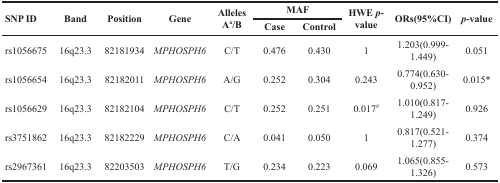
| <ROWSPAN=2> SNP ID | <ROWSPAN=2> Band | <ROWSPAN=2> Position | <ROWSPAN=2> Gene | <ROWSPAN=2> Alleles Aa/B | <COLSPAN=2> MAF | <ROWSPAN=2> HWE p-value | <ROWSPAN=2> ORs(95%CI) | <ROWSPAN=2> p-value |
 | Case | Control |
 | --- | --- | --- | --- | --- | --- | --- | --- | --- | --- |
 | rs1056675 | 16q23.3 | 82181934 | MPHOSPH6 | C/T | 0.476 | 0.430 | 1 | 1.203(0.999-1.449) | 0.051 |
 | rs1056654 | 16q23.3 | 82182011 | MPHOSPH6 | A/G | 0.252 | 0.304 | 0.243 | 0.774(0.630-0.952) | 0.015* |
 | rs1056629 | 16q23.3 | 82182104 | MPHOSPH6 | C/T | 0.252 | 0.251 | 0.017# | 1.010(0.817-1.249) | 0.926 |
 | rs3751862 | 16q23.3 | 82182229 | MPHOSPH6 | C/A | 0.041 | 0.050 | 1 | 0.817(0.521-1.277) | 0.374 |
 | rs2967361 | 16q23.3 | 82203503 | MPHOSPH6 | T/G | 0.234 | 0.223 | 0.069 | 1.065(0.855-1.326) | 0.573 |